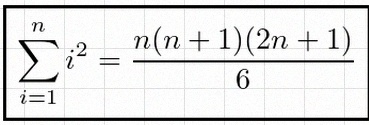
\sum_{i=1}^{n}i^2=\frac{n(n+1)(2n+1)}6